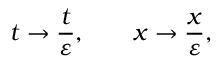
t \to \frac { t } { \varepsilon } , \qquad x \to \frac { x } { \varepsilon } ,